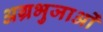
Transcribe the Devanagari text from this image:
अग्रभुजाओं